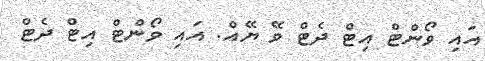
އައި ވޯންޓް އިޓް ދެޓް ވޭ ޔޭއް. އައި ވޯންޓް އިޓް ދެޓް